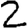
Digit: 2